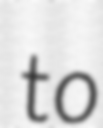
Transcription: to